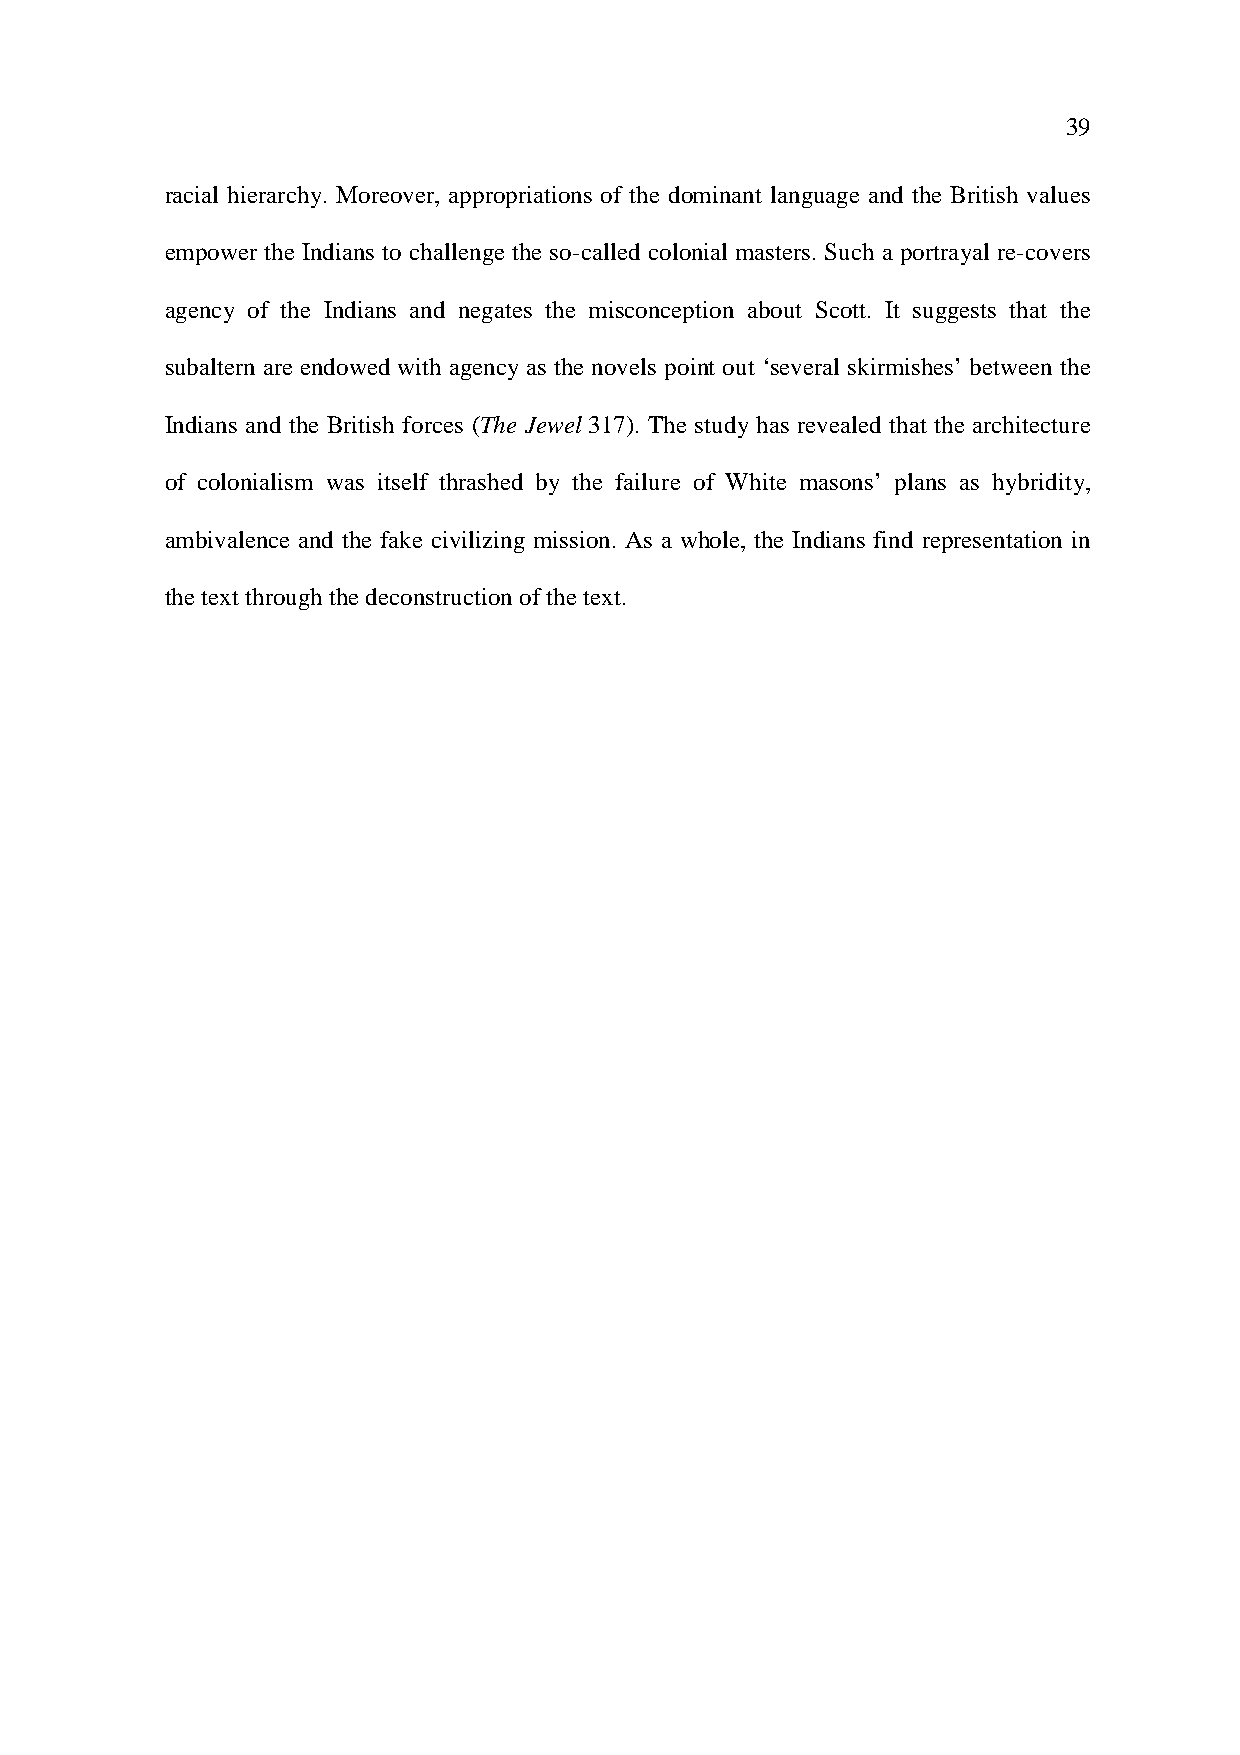
39
 racial hierarchy. Moreover, appropriations of the dominant language and the British values
 empower the Indians to challenge the so-called colonial masters. Such a portrayal re-covers
 agency of the Indians and negates the misconception about Scott. It suggests that the
 subaltern are endowed with agency as the novels point out ‘several skirmishes’ between the
 Indians and the British forces (The Jewel 317). The study has revealed that the architecture
 of colonialism was itself thrashed by the failure of White masons’ plans as hybridity,
 ambivalence and the fake civilizing mission. As a whole, the Indians find representation in
 the text through the deconstruction of the text.